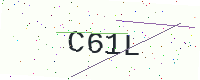
Text: C61L